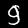
Label: 9